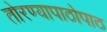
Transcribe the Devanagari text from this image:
तोरण्यापाठोपाठ